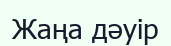
Жаңа дәуір